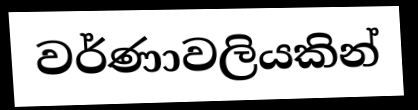
වර්ණාවලියකින්